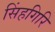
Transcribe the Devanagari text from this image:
सिंहगिरि